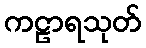
ကဠာရသုတ်